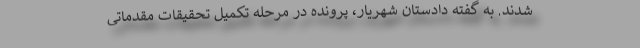
شدند. به گفته دادستان شهریار، پرونده در مرحله تکمیل تحقیقات مقدماتی